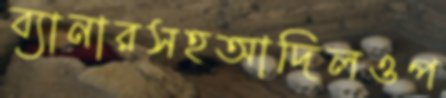
ব্যানারসহআদিলওপ